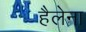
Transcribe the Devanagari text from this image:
हैलेना